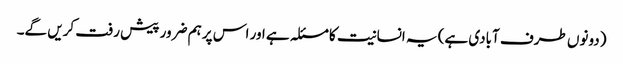
(دونوں طرف آبادی ہے) یہ انسانیت کا مسئلہ ہے اور اس پر ہم ضرور پیش رفت کریں گے۔